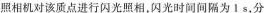
照相机对该质点进行闪光照相，闪光时间间隔为1s，分